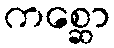
ကစ္ဆော